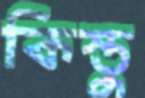
কিস্তু